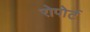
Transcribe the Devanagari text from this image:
रोपोर्ट